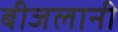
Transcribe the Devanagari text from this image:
बीजलानी